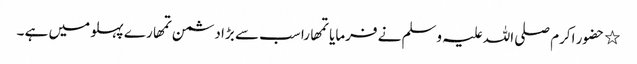
٭ حضور اکرم صلی اللہ علیہ وسلم نے فرمایا تمھارا سب سے بڑا دشمن تمھارے پہلو میں ہے ۔